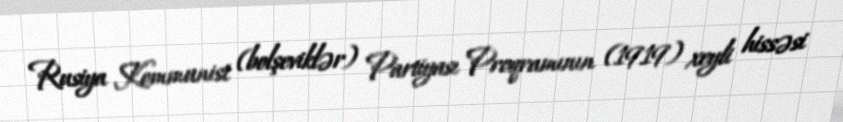
Rusiya Kommunist (bolşeviklər) Partiyası Proqramının (1919) xeyli hissəsi